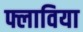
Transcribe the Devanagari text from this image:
फ्लाविया